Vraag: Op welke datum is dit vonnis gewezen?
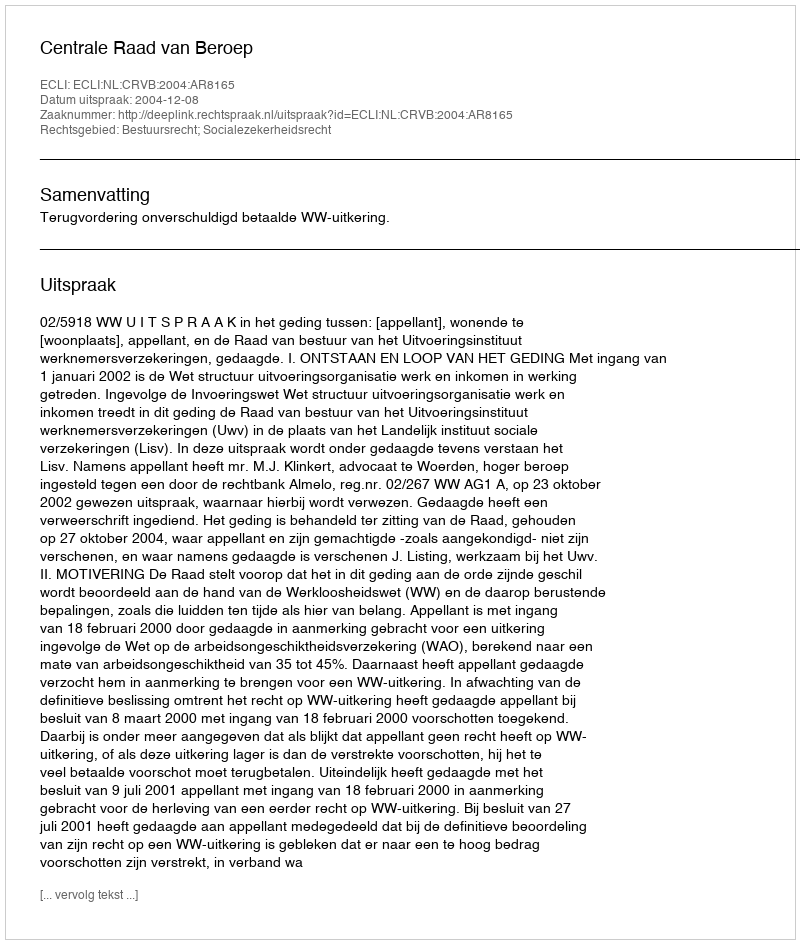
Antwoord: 2004-12-08